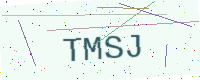
Text: TMSJ